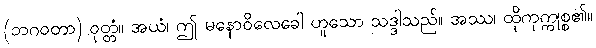
(ဘဂဝတာ) ဝုတ္တံ။ အယံ၊ ဤ မနောဝိလေခေါ ဟူသော သဒ္ဒါသည်။ အဿ၊ ထိုကုက္ကုစ္စ၏။